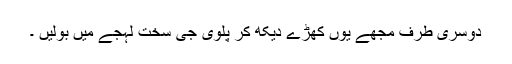
دوسری طرف مجھے یوں کھڑے دیکھ کر پلوی جی سخت لہجے میں بولیں ۔